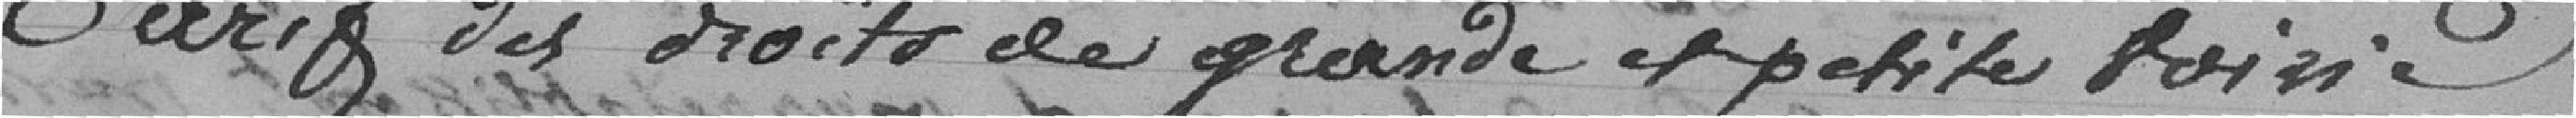
Tarif des droits de grande et petite voirie